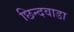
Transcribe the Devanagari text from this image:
छिन्दवाडा